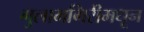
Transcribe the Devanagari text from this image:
गुलामगिरीमधून